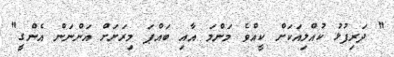
" ދަރިފުޅު ކުއްލިއަކަށް ކީއްވެ މަންމަ އާއި ބައްޕަ މިރަށަށް އަންނަން އެންގީ"